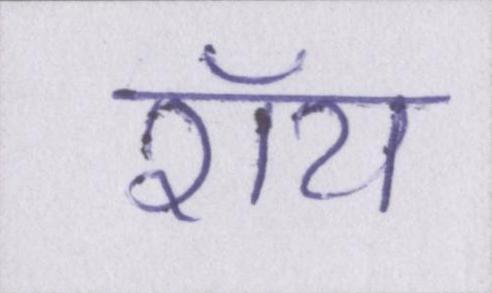
रॉय